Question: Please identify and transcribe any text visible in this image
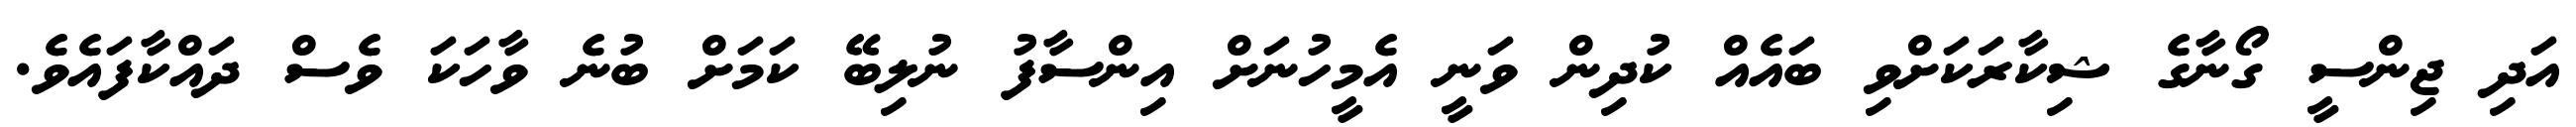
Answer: އަދި ޖިންސީ ގޯނާގެ ޝިކާރަކަށްވި ބައެއް ކުދިން ވަނީ އެމީހުނަށް އިންސާފު ނުލިބޭ ކަމަށް ބުނެ ވާހަކަ ވެސް ދައްކާފައެވެ.